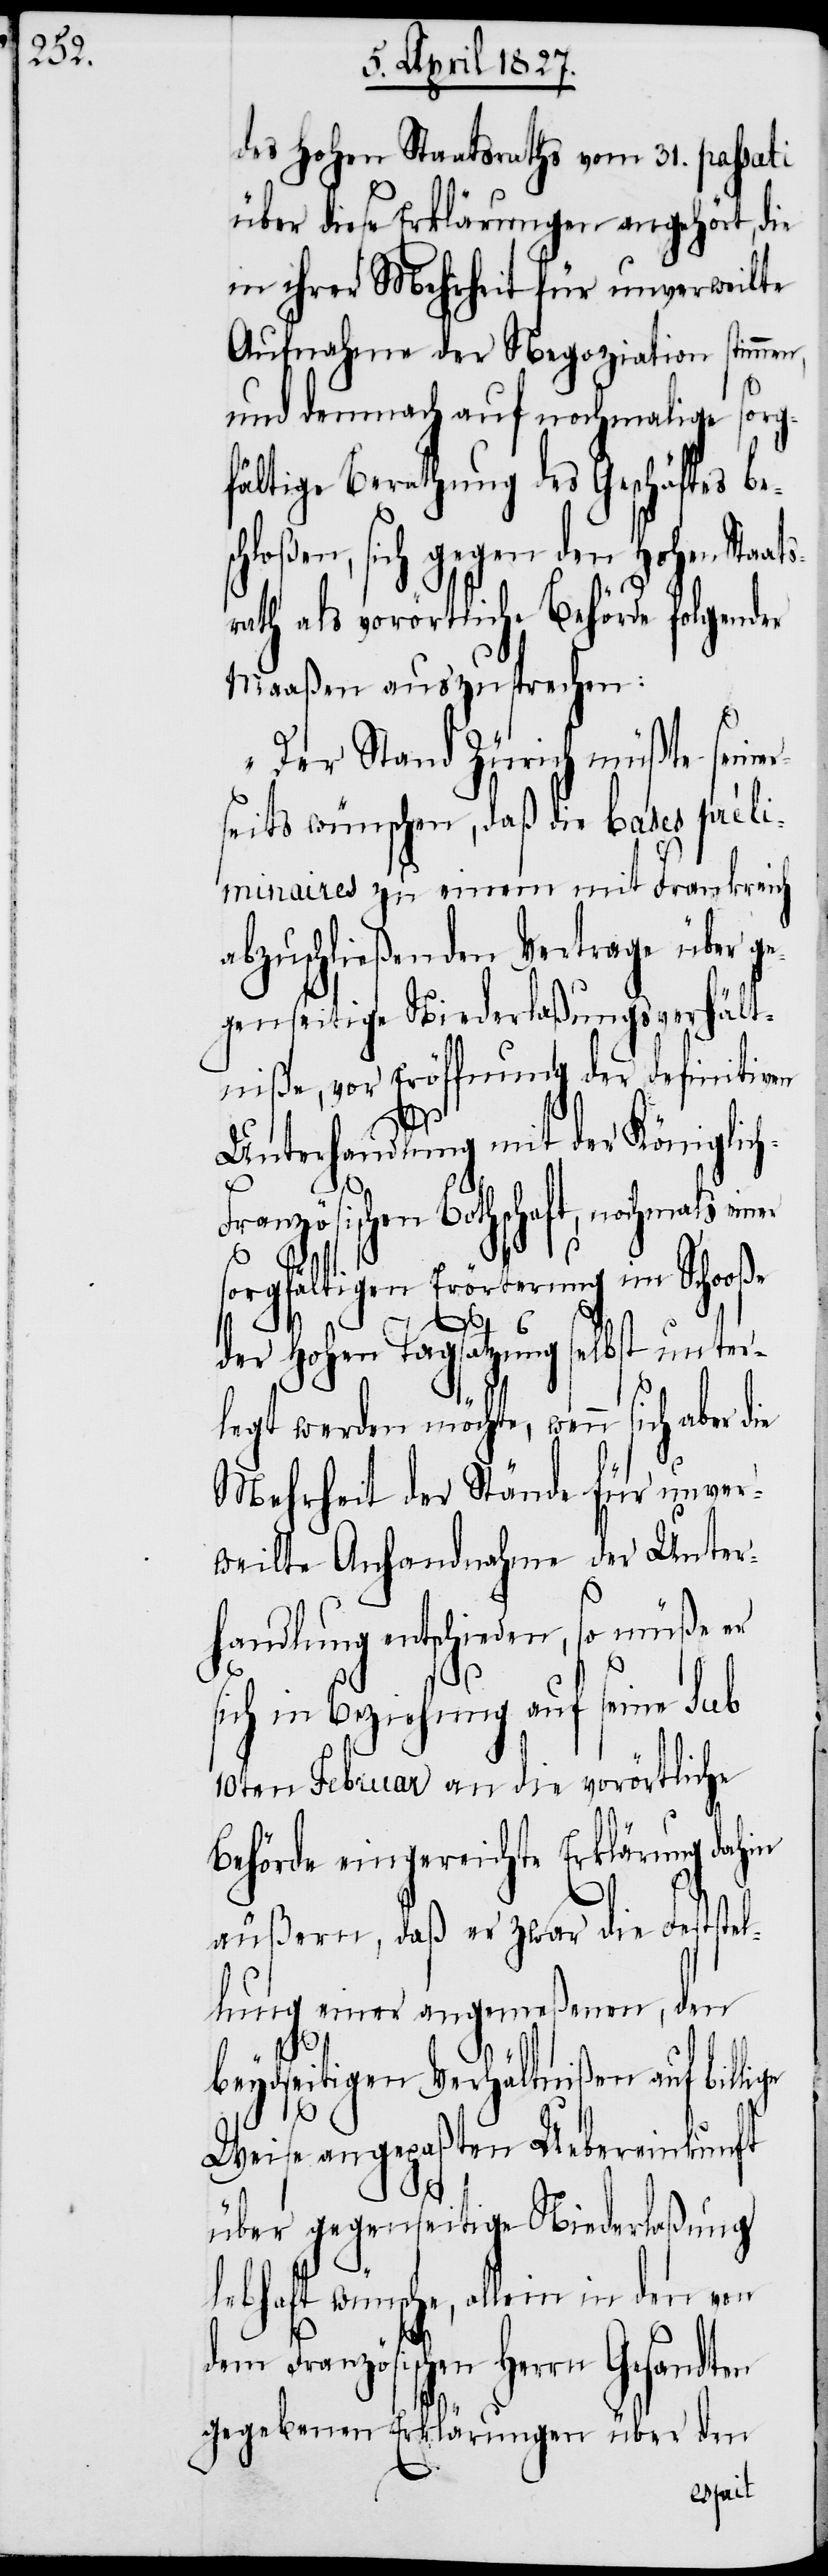
des Hohen Staatsraths vom 31. passati
über diese Erklärungen angehört, die
in ihrer Mehrheit für unverweilte
Aufnahme der Negoziation stimmen,
und demnach auf nochmalige sorg¬
fältige Berathung des Geschäftes be¬
hloßen, sich gegen den Hohen Sta¬
rath als vorörtliche Behörde folgender
Maaßen auszusprechen:
„Der Stand Zürich müßte seiner¬
seits wünschen, daß die bases préli¬
minaires zu einem mit Frankreich
abzuschließenden Vertrage über ge¬
genseitige Niederlaßungsverhält¬
niße, vor Eröffnung der definitiven
Unterhandlung mit der Königlic¬
ranzösischen Bothschaft, nochmals ein¬
er
sorgfältigen Erörterung im Schooße
der Hohen Tagsatzung selbst unter¬
legt werden möchte, wenn sich aber d¬
Mehrheit der Stände für unver¬
weilte Anhandnahme der Unter¬
handlung entschieden, so müße er
sich in Beziehung auf seine sub
10ten Februar an die vorörtliche
Behörde eingereichte Erklärung dahin
äußern, daß er zwar die Feststel¬
lung einer angemeßenen, den
h-F¬
beydseitigen Verhältnißen auf billige
ie
Weise angepaßten Uebereinkunft
über gegenseitige Niederlaßung
lebhaft wünsche, allein in den von
dem Französischen Herrn Gesandten
gegebenen Erklärungen über den